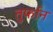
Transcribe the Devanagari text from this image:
तुर्फान